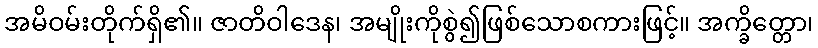
အမိဝမ်းတိုက်ရှိ၏။ ဇာတိဝါဒေန၊ အမျိုးကိုစွဲ၍ဖြစ်သောစကားဖြင့်။ အက္ခိတ္တော၊